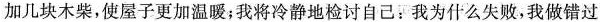
加几块木柴，使屋子更加温暖；我将冷静地检讨自己：我为么失败，我做错过